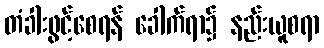
တံခါးဖွင့်စေရန် ခေါက်ရာ၌ နည်းယူစရာ